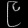
Digit: ၉